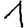
Digit: 1